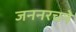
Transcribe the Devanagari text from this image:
जननरचने